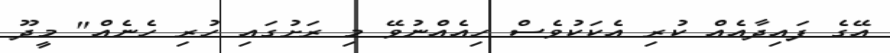
އޭގެ ފައިދާއެއް ކުރި އެކަކުވެސް ހިއެއްނުވޭ މި ރަށުގައި ހުރި ހެނެއް" މީދޫ